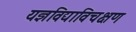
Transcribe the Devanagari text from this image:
यज्ञविद्याविचक्षण